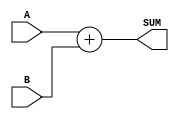
module behavioral_full_adder_64
(
  input [63:0] A,
  input [63:0] B,
  output [64:0] SUM
);

  assign SUM = (A + B);
endmodule